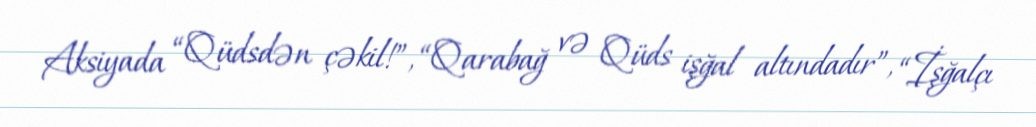
Aksiyada “Qüdsdən çəkil!”, “Qarabağ və Qüds işğal altındadır”, “İşğalçı